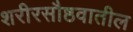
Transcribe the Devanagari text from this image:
शरीरसौष्ठवातील